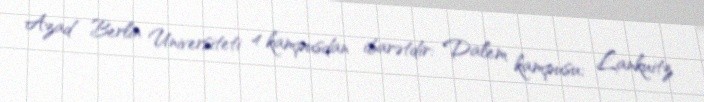
Azad Berlin Universiteti 4 kampusdan ibarətdir: Dalem kampusu; Lankuitz